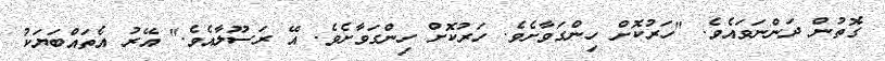
ގޮތުން ދަންނަވައެވެ. "ހަރުކޮށް ހިންގަވާށެވެ. ހަރުކޮށް ހިންގަވާށެވެ. އޭ ރަސޫލާއެވެ." އޭރު އެތައްބަޔަކު